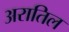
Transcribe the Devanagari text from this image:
अरातिल